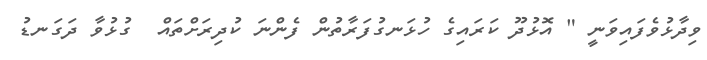
ވިދާޅުވެފައިވަނީ " އޮޅުދޫ ކަރައިގެ ހުޅަނގުފަރާތުން ފެންނަ ކުދިރަށްތައް  ގުޅުވާ ދަގަނޑު